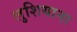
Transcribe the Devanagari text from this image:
लुशियाना